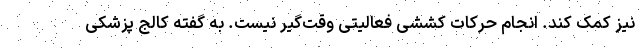
نیز کمک کند. انجام حرکات کششی فعالیتی وقت‌گیر نیست. به گفته کالج پزشکی